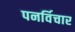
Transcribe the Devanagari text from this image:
पनर्विचार